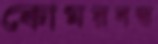
কোমরবন্ধ